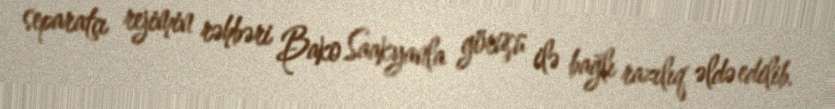
separatçı rejimin rəhbəri Bako Saakyanla görüşü ilə bağlı razılıq əldə edilib.